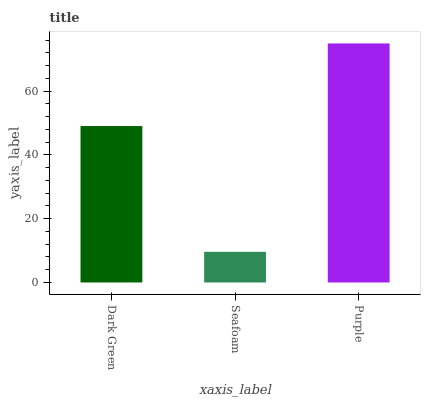
| xaxis_label | bars |
 | --- | --- |
 | Dark Green | 49.1 |
 | Seafoam | 9.61 |
 | Purple | 75 |